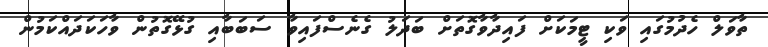
ތާވަލް ހެދުމުގައި ވަކި ޓީމަކަށް ފައިދާވާގޮތަށް ބަދަލު ގެނެސްފައިވާ ސަބަބާއި ގުޅޭގޮތުން ވާހަކަަދައްކަމުން